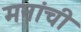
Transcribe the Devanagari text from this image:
मनांची